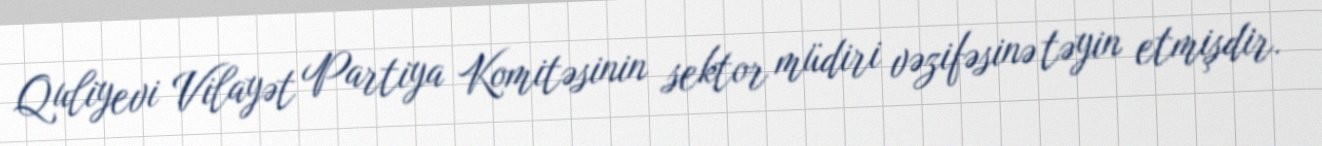
Quliyevi Vilayət Partiya Komitəsinin sektor müdiri vəzifəsinə təyin etmişdir.